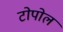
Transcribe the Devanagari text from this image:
टोपोल